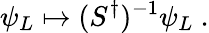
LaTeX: \psi_{L}\mapsto(S^{\dagger})^{-1}\psi_{L}~.